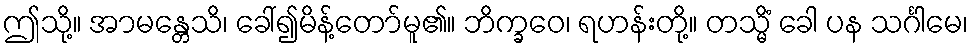
ဤသို့။ အာမန္တေသိ၊ ခေါ်၍မိန့်တော်မူ၏။ ဘိက္ခဝေ၊ ရဟန်းတို့။ တသ္မိံ ခေါ ပန သင်္ဂါမေ၊